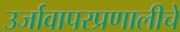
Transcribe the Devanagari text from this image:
उर्जावापरप्रणालीचे